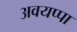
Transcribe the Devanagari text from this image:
अवयप्पा